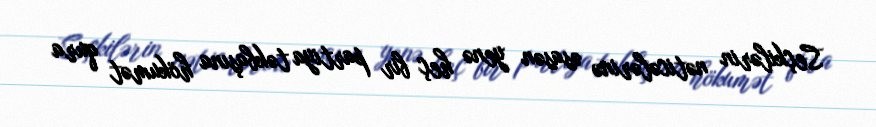
Seçkilərin nəticələrinə əsasən yenə heç bir partiya təkbaşına hökumət qura